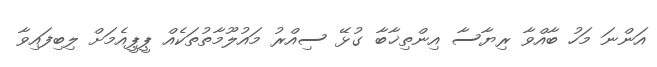
އަންނަ މަހު ބާއްވާ ރިޔާސާ އިންތިޚާބާ ގުޅޭ ސިއްރު މައުލޫމާތުތަކެއް ޕީޕީއެމަށް ލިބިފައިވާ